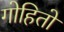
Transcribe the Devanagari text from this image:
गोहितो